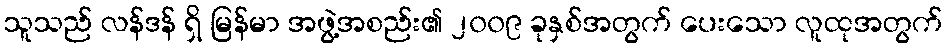
သူသည် လန်ဒန် ရှိ မြန်မာ အဖွဲ့အစည်း၏ ၂၀၀၉ ခုနှစ်အတွက် ပေးသော လူထုအတွက်